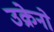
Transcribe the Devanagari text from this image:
उक्रेनो